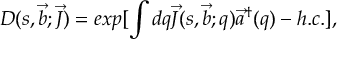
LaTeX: D ( s , \vec { b } ; \vec { J } ) = e x p [ \int d q \vec { J } ( s , \vec { b } ; q ) \vec { a } ^ { \dagger } ( q ) - h . c . ] ,